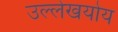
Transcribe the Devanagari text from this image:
उल्लेखयोय